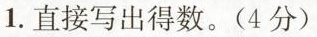
1.直接写出得数。(4分)